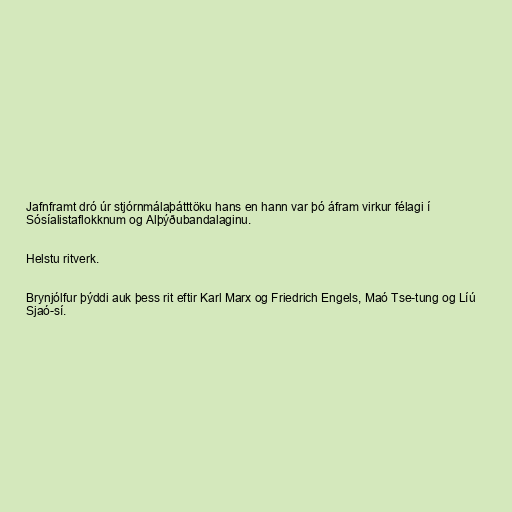
Jafnframt dró úr stjórnmálaþátttöku hans en hann var þó áfram virkur félagi í
Sósíalistaflokknum og Alþýðubandalaginu.

Helstu ritverk.

Brynjólfur þýddi auk þess rit eftir Karl Marx og Friedrich Engels, Maó Tse-tung og Líú
Sjaó-sí.